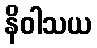
နိဝါသယ